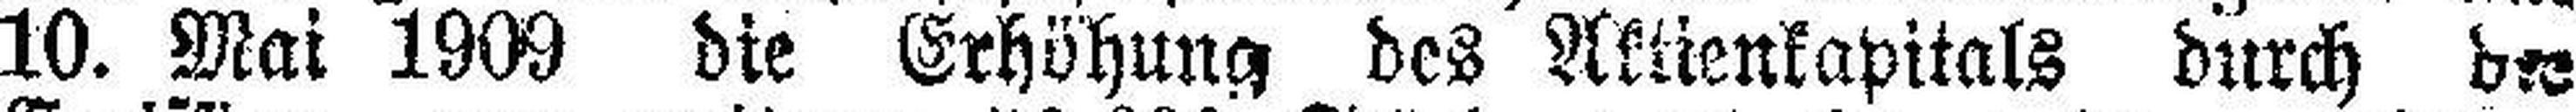
10. Mai 1909 die Erhöhung des Aktienkapitals durch b###